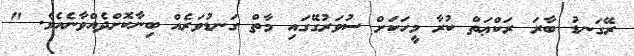
ރޭގަނޑު ބާރަ ރަކްޢަތް ކުރާ މީހަކަށް ސުވަރުގޭގައި މާތް ގަނޑުވަރެއް ބިނާކޮށްދެއްވާނެއެވެ. "